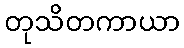
တုသိတကာယာ